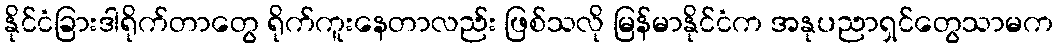
နိုင်ငံခြားဒါရိုက်တာတွေ ရိုက်ကူးနေတာလည်း ဖြစ်သလို မြန်မာနိုင်ငံက အနုပညာရှင်တွေသာမက